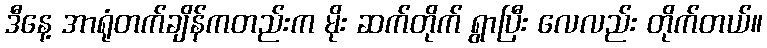
ဒီနေ့ အာရုံတက်ချိန်ကတည်းက မိုး ဆက်တိုက် ရွာပြီး လေလည်း တိုက်တယ်။